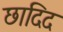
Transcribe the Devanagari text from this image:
छादिद